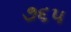
૭૬૫